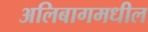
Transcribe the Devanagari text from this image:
अलिबागमधील